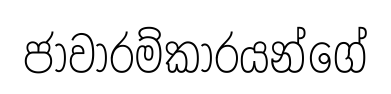
ජාවාරම්කාරයන්ගේ